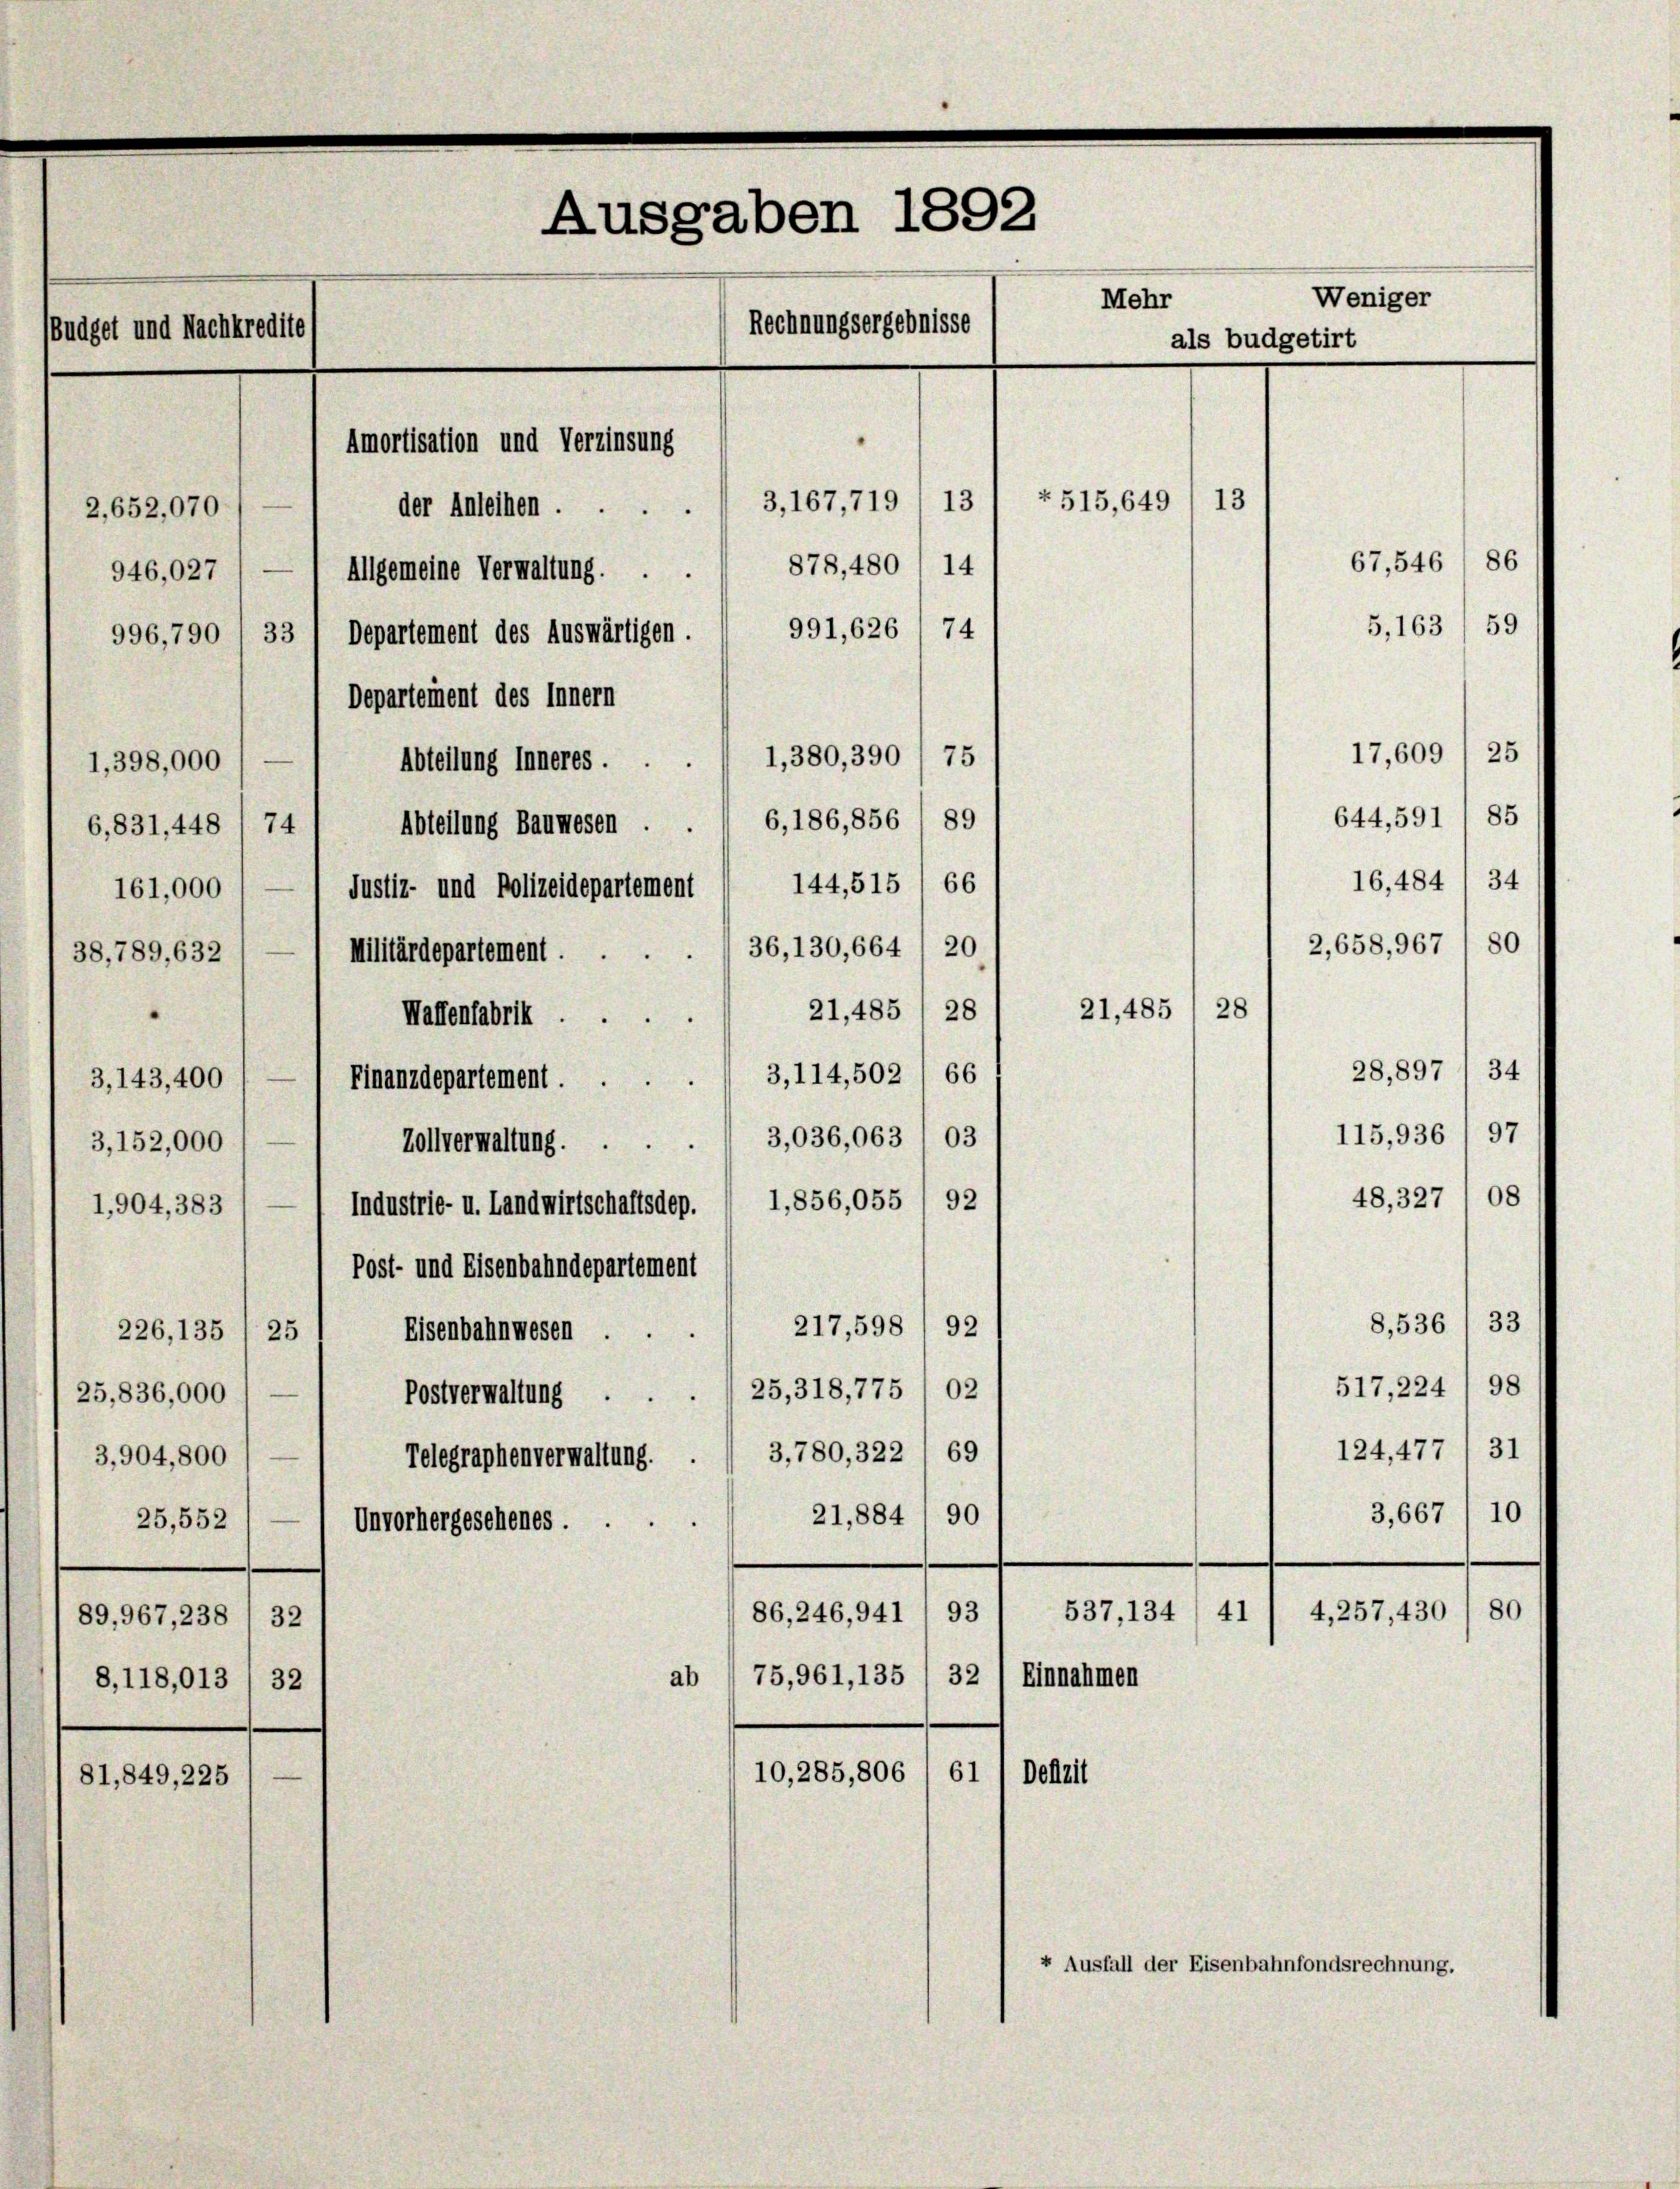
2,652,070
946,027
996,790 / 3
1,398,000
6,831, 448 / 7.
161,000
38,789, 632
3,143,400
3,152,000
1,904, 383

Ausgaben 1892
Weniger
Mehr
Rechnungsergebnisse
Budget und Nachkredite
als budgetirt
Amortisation und Verzinsung
13
 515,649
3,167,719
13
der Anleihen.

226, 135
25
25,836,000
3,904,800
25,552
89,967, 238 1 32
8,118,013
32
81,849, 225

86
67,546
878, 480
14
Allgemeine Verwaltung. ..
5,163/ 59
991,626 74
Departement des Auswärtigen.
Departement des Innern
17,609) 25
1,380,390 / 75
Abteilung Inneres.
85
644,591
89
6,186,856
Abteilung Baumesen.
16,484/34
66
144,515
Justiz- und Polizeidepartement
2,658, 967
80
36, 130, 664 1 20
Militärdepartement.
21,485) 28
Waffenfabrik
34
28,897
Finanzdepartement. 3, 114, 502 / 66
115,936 ( 97
Zollverwaltung 3,036,063 / 03
08
48, 327
92
1,856,055
Industrie- u. Landwirtschaftsdep.
Post- und Eisenbahndepartement
8, 536 / 33
217,598/92
Eisenbahnwesen ..
517,224/98
25,318,775 ( 02
Postverwaltung
124, 477
31
3,780, 322 (69
Telegraphenverwaltung.
3,667
10
90
21,884
Unvorhergesehenes.
537, 134/ 41
4,257, 430 / 80
86, 246, 941
93
75,961, 135
32) Einnahmen
ab
61
10,285,806
Deftrit

21,485) 28

+ Ausfall der Eisenbahnfondsrechnung.